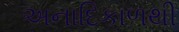
અનાદિકાળથી